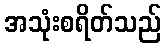
အသုံးစရိတ်သည်